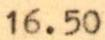
16.50